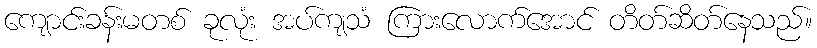
ကျောင်းခန်းမတစ် ခုလုံး အပ်ကျသံ ကြားလောက်အောင် တိတ်ဆိတ်နေသည်။